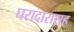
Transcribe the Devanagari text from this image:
घरादारासह